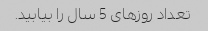
تعداد روزهای 5 سال را بیابید.